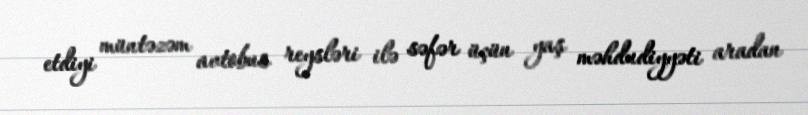
etdiyi müntəzəm avtobus reysləri ilə səfər üçün yaş məhdudiyyəti aradan